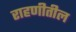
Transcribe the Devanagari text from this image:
राहणीतील